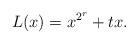
LaTeX: \begin{align*}L(x)=x^{2^r}+tx.\end{align*}